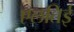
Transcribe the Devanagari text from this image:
एलतिई